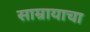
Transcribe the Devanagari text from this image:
साम्रायाचा